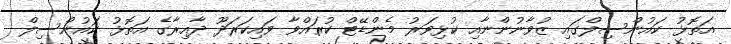
އަތޮޅު ކައުންސިލްގައި ޒުވާނުންނާއި ކުޅިވަރު މެންޑޭޓް ކުރައްވާ ވައިކަރަދޫ ދާއިރާގެ އަތޮޅު ކައުންސިލް